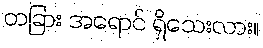
တခြား အရောင် ရှိသေးလား။